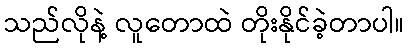
သည်လိုနဲ့ လူတောထဲ တိုးနိုင်ခဲ့တာပါ။